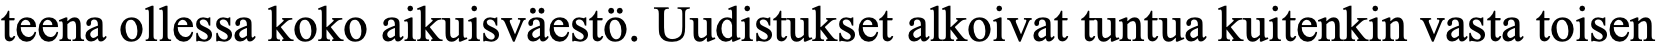
teena ollessa koko aikuisväestö. Uudistukset alkoivat tuntua kuitenkin vasta toisen